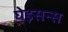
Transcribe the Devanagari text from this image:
घेइसन्स